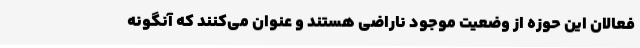
فعالان این حوزه از وضعیت موجود ناراضی هستند و عنوان می‌کنند که آنگونه